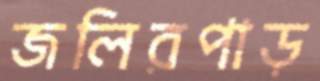
জলিরপাড়